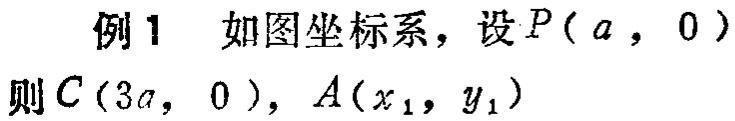
例 1 如图坐标系，设 \(P(a,0)\)
则 \(C(3a,0)\)，\(A(x_{1},y_{1})\)